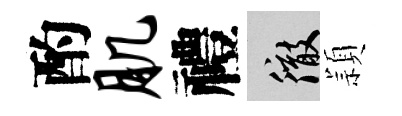
酌肌禮徹頴